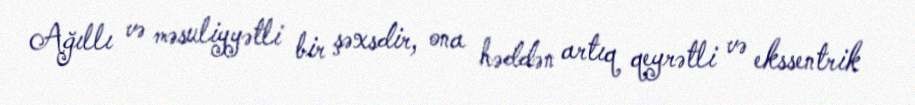
Ağıllı və məsuliyyətli bir şəxsdir, ona həddən artıq qeyrətli və ekssentrik